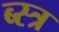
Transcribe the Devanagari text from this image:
ब्स्त्र